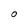
Character: O